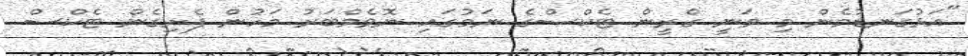
"އަޅުގަނޑުމެން މި ވަނީ ގްރީން ޓެކްސްގެ ނަމުގައި ނޮވެމްބަރު މަހުން ފެށިގެން ޓެކްސް